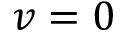
v = 0